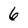
Character: 6